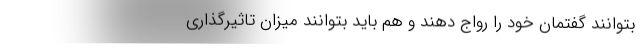
بتوانند گفتمان خود را رواج دهند و هم باید بتوانند میزان تاثیرگذاری